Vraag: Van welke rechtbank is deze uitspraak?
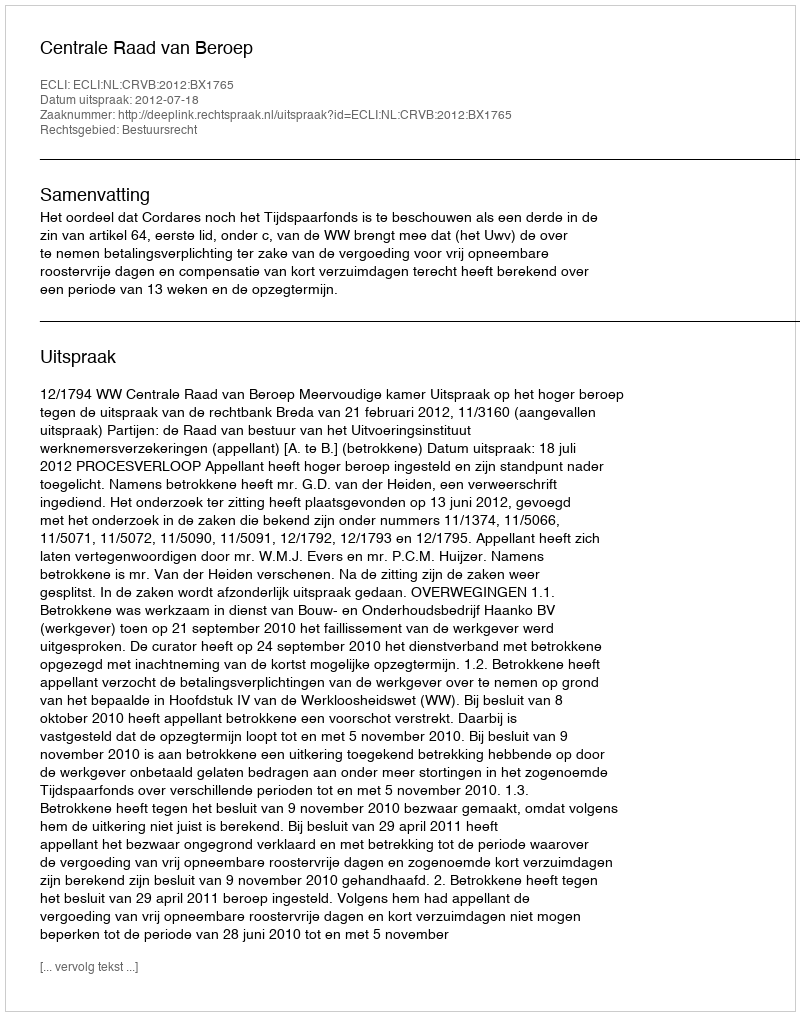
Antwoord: Centrale Raad van Beroep